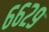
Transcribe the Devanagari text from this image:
६६२९